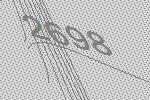
2698